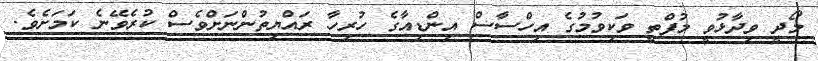
މޯދީ ވިދާޅުވީ މުފްތީ ވަކިވުމުގެ އިހްސާސް އިންޑިއާގެ ހުރިހާ ރައްޔިތުންނަށްވެސް ކުރެވޭނެ ކަމަށެެވެ.